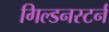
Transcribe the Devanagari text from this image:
गिल्डनस्टर्न